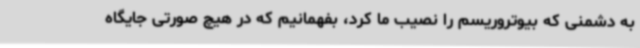
به دشمنی که بیوتروریسم را نصیب ما کرد، بفهمانیم که در هیچ صورتی جایگاه